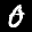
Label: 0